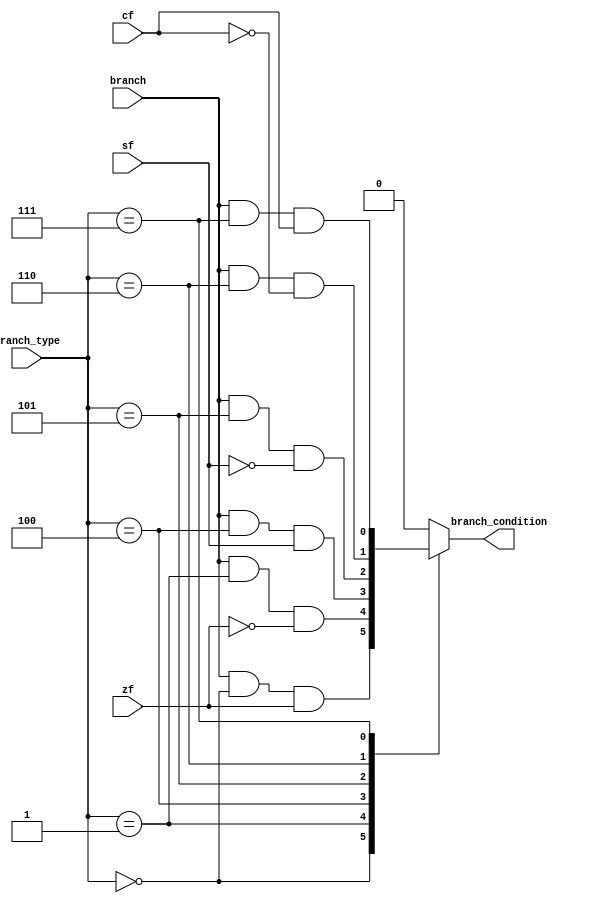
// This program was cloned from: https://github.com/Helazhary/Riscv-Verilog-Pipelined
// License: BSD 3-Clause "New" or "Revised" License

`timescale 1ns / 1ps
//////////////////////////////////////////////////////////////////////////////////
// Company: 
// Engineer: 
// 
// Design Name: 
// Module Name: branch_CU
// Project Name: 
// Target Devices: 
// Tool Versions: 
// Description: 
// 
// Dependencies: 
// 
// Revision:
// Revision 0.01 - File Created
// Additional Comments:
// 
//////////////////////////////////////////////////////////////////////////////////


module branch_CU (
    input [2:0] branch_type,
    input branch, cf, zf, sf,
    output reg branch_condition

);

reg beq, bne, blt, bge, bltu, bgeu;

    
always @ (*) begin
beq =  branch & (branch_type == 3'b000) & zf;
bne =  branch & (branch_type == 3'b001) & ~zf;
blt =  branch & (branch_type == 3'b100) & sf;
bge =  branch & (branch_type == 3'b101) & ~sf;
bltu = branch & (branch_type == 3'b110) & ~cf;
bgeu = branch & (branch_type == 3'b111) & cf;

case(branch_type)
    3'b000: branch_condition = beq;
    3'b001: branch_condition = bne;
    3'b100: branch_condition = blt;
    3'b101: branch_condition = bge;
    3'b110: branch_condition = bltu;
    3'b111: branch_condition = bgeu;
    default: branch_condition = 0;

endcase


end





endmodule